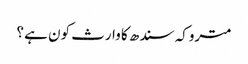
متروکہ سندھ کا وارث کون ہے ؟